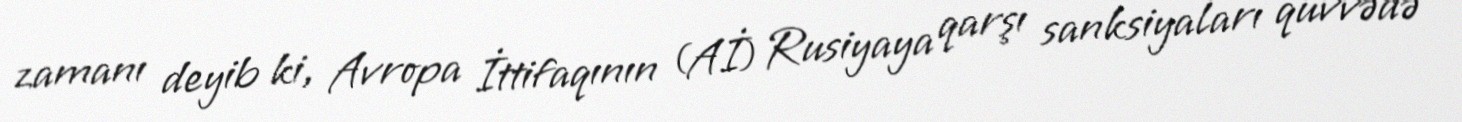
zamanı deyib ki, Avropa İttifaqının (Aİ) Rusiyaya qarşı sanksiyaları qüvvədə